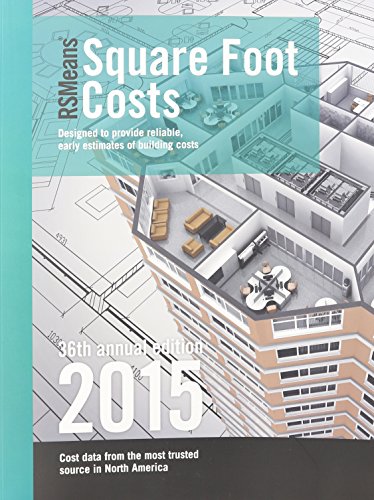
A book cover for RSMeans Square Foot Costs 2015; Engineering & Transportation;